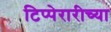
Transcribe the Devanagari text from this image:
टिप्पेरारीच्या